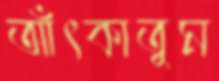
আঁৎকাতুম